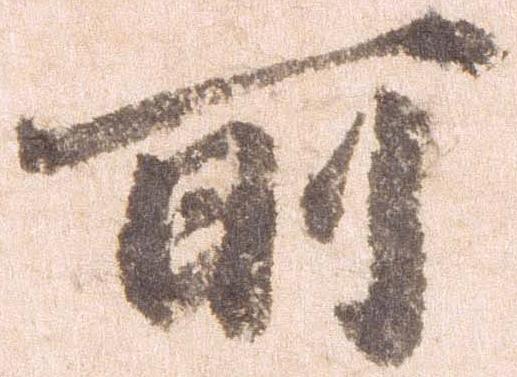
所